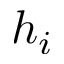
h _ { i }